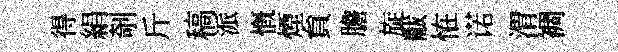
得絹剞斤稿派慨煙貟膽旋黻恠诺渭裯